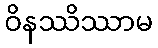
ဝိနဿိဿာမ